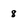
Character: 8